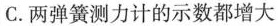
C. 两弹簧测力计的示数都增大